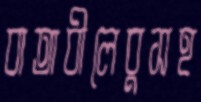
বাতাবীলেবুসহ